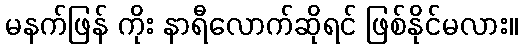
မနက်ဖြန် ကိုး နာရီလောက်ဆိုရင် ဖြစ်နိုင်မလား။